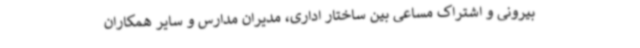
بیرونی و اشتراک مساعی بین ساختار اداری، مدیران مدارس و سایر همکاران